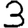
Digit: 3